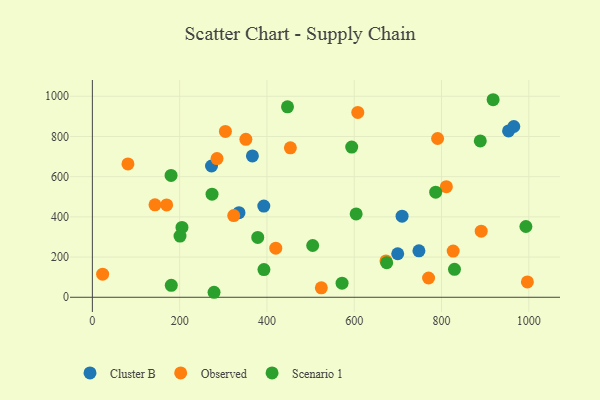
{"axis": {"x": "Experience", "y": "Fuel Efficiency"}, "legend": ["Cluster B", "Observed", "Scenario 1"], "data": [{"x": "392.8", "y": 453.7, "type": "Cluster B"}, {"x": "273.0", "y": 653.0, "type": "Cluster B"}, {"x": "709.6", "y": 403.5, "type": "Cluster B"}, {"x": "953.6", "y": 827.4, "type": "Cluster B"}, {"x": "699.6", "y": 216.5, "type": "Cluster B"}, {"x": "366.7", "y": 703.4, "type": "Cluster B"}, {"x": "748.2", "y": 231.2, "type": "Cluster B"}, {"x": "335.9", "y": 420.9, "type": "Cluster B"}, {"x": "965.6", "y": 849.7, "type": "Cluster B"}, {"x": "524.6", "y": 47.0, "type": "Observed"}, {"x": "996.7", "y": 76.2, "type": "Observed"}, {"x": "351.7", "y": 786.0, "type": "Observed"}, {"x": "23.5", "y": 114.8, "type": "Observed"}, {"x": "304.8", "y": 825.3, "type": "Observed"}, {"x": "608.1", "y": 919.8, "type": "Observed"}, {"x": "285.6", "y": 690.2, "type": "Observed"}, {"x": "420.2", "y": 244.2, "type": "Observed"}, {"x": "170.2", "y": 459.6, "type": "Observed"}, {"x": "672.7", "y": 180.9, "type": "Observed"}, {"x": "770.3", "y": 95.8, "type": "Observed"}, {"x": "826.7", "y": 230.0, "type": "Observed"}, {"x": "143.5", "y": 459.8, "type": "Observed"}, {"x": "453.7", "y": 743.3, "type": "Observed"}, {"x": "323.9", "y": 406.4, "type": "Observed"}, {"x": "791.0", "y": 789.8, "type": "Observed"}, {"x": "811.1", "y": 550.1, "type": "Observed"}, {"x": "890.9", "y": 328.7, "type": "Observed"}, {"x": "81.5", "y": 663.3, "type": "Observed"}, {"x": "829.7", "y": 139.0, "type": "Scenario 1"}, {"x": "274.2", "y": 512.9, "type": "Scenario 1"}, {"x": "504.8", "y": 257.7, "type": "Scenario 1"}, {"x": "278.8", "y": 24.9, "type": "Scenario 1"}, {"x": "674.4", "y": 171.9, "type": "Scenario 1"}, {"x": "918.2", "y": 982.8, "type": "Scenario 1"}, {"x": "378.9", "y": 297.7, "type": "Scenario 1"}, {"x": "180.8", "y": 59.7, "type": "Scenario 1"}, {"x": "200.8", "y": 304.5, "type": "Scenario 1"}, {"x": "205.3", "y": 347.7, "type": "Scenario 1"}, {"x": "572.1", "y": 70.3, "type": "Scenario 1"}, {"x": "786.6", "y": 522.8, "type": "Scenario 1"}, {"x": "180.3", "y": 606.3, "type": "Scenario 1"}, {"x": "393.1", "y": 137.7, "type": "Scenario 1"}, {"x": "594.2", "y": 747.0, "type": "Scenario 1"}, {"x": "447.1", "y": 947.6, "type": "Scenario 1"}, {"x": "888.8", "y": 778.0, "type": "Scenario 1"}, {"x": "604.4", "y": 414.5, "type": "Scenario 1"}, {"x": "993.3", "y": 352.2, "type": "Scenario 1"}]}